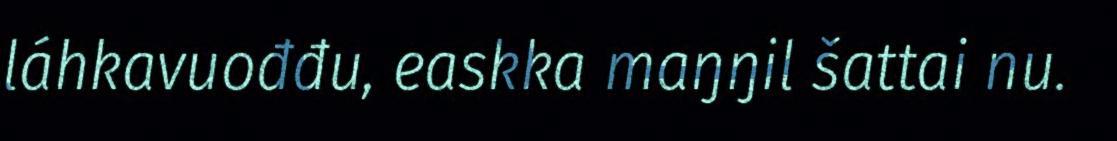
láhkavuođđu, easkka maŋŋil šattai nu.